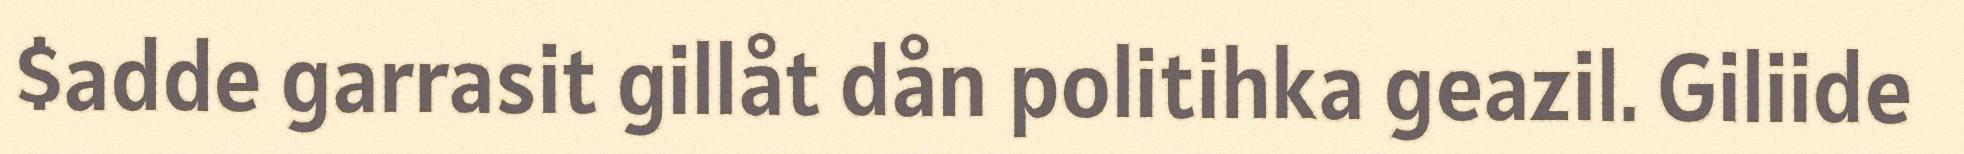
$adde garrasit gillåt dån politihka geazil. Giliide